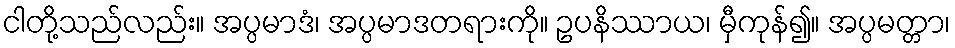
ငါတို့သည်လည်း။ အပ္ပမာဒံ၊ အပ္ပမာဒတရားကို။ ဥပနိဿာယ၊ မှီကုန်၍။ အပ္ပမတ္တာ၊